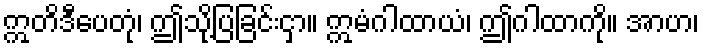
ဣတိဒီပေတုံ၊ ဤသို့ပြခြင်းငှာ။ ဣမံဂါထာယံ၊ ဤဂါထာကို။ အာဟ၊